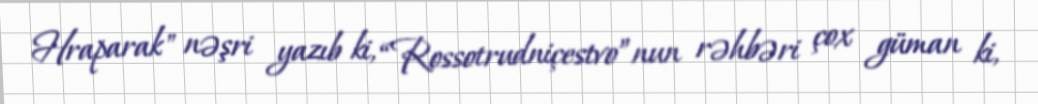
Hraparak" nəşri yazıb ki, “Rossotrudniçestvo”nun rəhbəri çox güman ki,